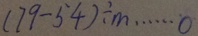
( 7 9 - 5 4 ) \div m \cdots 0